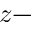
z -